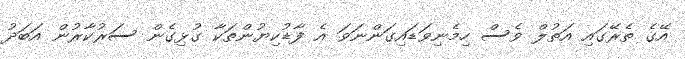
އޭގެ ތެރޭގައި އަތުލް ވެސް ހިމެނިވަޑައިގަންނަަވަ އެ ފާޑުކިޔުންތަކާ ގުޅިގެން ސަރުކާރުން އަބަދު